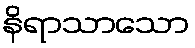
နိရာသာသော